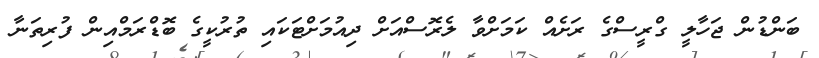
ބަންޑުން ޖަހާލީ ގްރީސްގެ ރަށެއް ކަމަށްވާ ލެރޮސްއަށް ދިއުމަށްޓަކައި ތުރުކީގެ ބޮޑްރަމްއިން ފުރިތަނާ